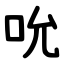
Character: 吮